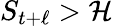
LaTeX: S_{t+\ell}>\mathcal{H}